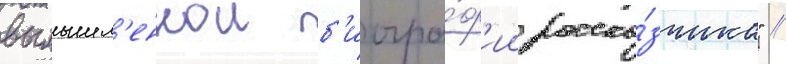
вымышл'еннои б'иогра́ф'ии расска́зчика" //